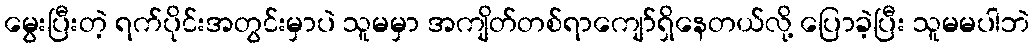
မွေးပြီးတဲ့ ရက်ပိုင်းအတွင်းမှာပဲ သူမမှာ အကျိတ်တစ်ရာကျော်ရှိနေတယ်လို့ ပြောခဲ့ပြီး သူမမပါဘဲ